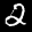
Label: 2